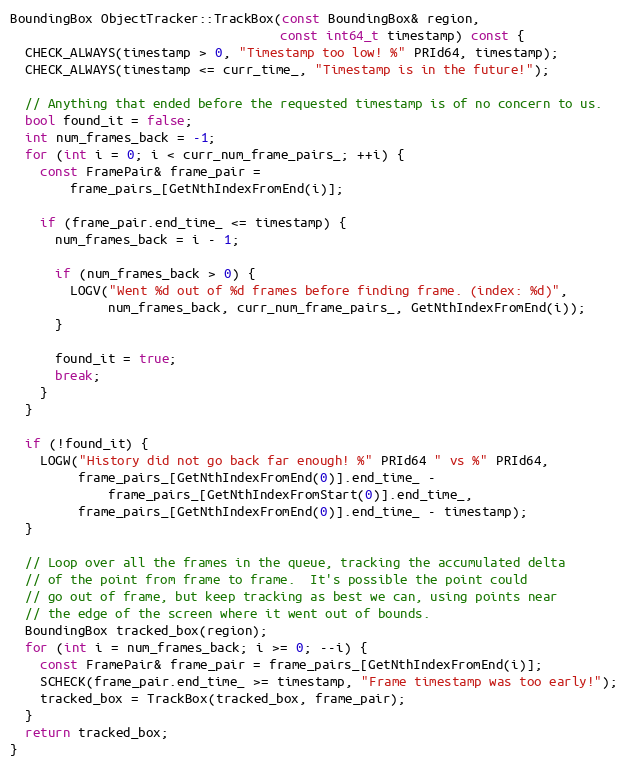
Language: C++
BoundingBox ObjectTracker::TrackBox(const BoundingBox& region,
                                    const int64_t timestamp) const {
  CHECK_ALWAYS(timestamp > 0, "Timestamp too low! %" PRId64, timestamp);
  CHECK_ALWAYS(timestamp <= curr_time_, "Timestamp is in the future!");

  // Anything that ended before the requested timestamp is of no concern to us.
  bool found_it = false;
  int num_frames_back = -1;
  for (int i = 0; i < curr_num_frame_pairs_; ++i) {
    const FramePair& frame_pair =
        frame_pairs_[GetNthIndexFromEnd(i)];

    if (frame_pair.end_time_ <= timestamp) {
      num_frames_back = i - 1;

      if (num_frames_back > 0) {
        LOGV("Went %d out of %d frames before finding frame. (index: %d)",
             num_frames_back, curr_num_frame_pairs_, GetNthIndexFromEnd(i));
      }

      found_it = true;
      break;
    }
  }

  if (!found_it) {
    LOGW("History did not go back far enough! %" PRId64 " vs %" PRId64,
         frame_pairs_[GetNthIndexFromEnd(0)].end_time_ -
             frame_pairs_[GetNthIndexFromStart(0)].end_time_,
         frame_pairs_[GetNthIndexFromEnd(0)].end_time_ - timestamp);
  }

  // Loop over all the frames in the queue, tracking the accumulated delta
  // of the point from frame to frame.  It's possible the point could
  // go out of frame, but keep tracking as best we can, using points near
  // the edge of the screen where it went out of bounds.
  BoundingBox tracked_box(region);
  for (int i = num_frames_back; i >= 0; --i) {
    const FramePair& frame_pair = frame_pairs_[GetNthIndexFromEnd(i)];
    SCHECK(frame_pair.end_time_ >= timestamp, "Frame timestamp was too early!");
    tracked_box = TrackBox(tracked_box, frame_pair);
  }
  return tracked_box;
}